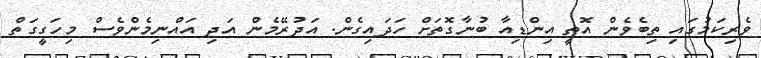
ވެރިކަމުގައި ތިބެވެން އޮތީ އިންޑިއާ ބުނާގޮތަށް ހަދައިގެން. އަދުރޭމެން އަދި އައްނިމެންވެސް މިހަގީގަތް